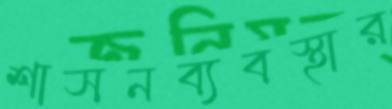
শাসনব্যবস্থার